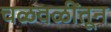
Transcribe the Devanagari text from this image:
चळवळींतून